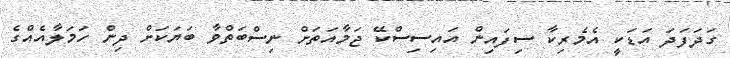
ގަދަފަދަ އަޑަކީ އެމެރިކާ ސިފައިން އައިސިސްކޭ ޖަމާއަތަށް ނިސްބަތްވާ ބަޔަކަށް ދިން ހަމަލާއެއްގެ